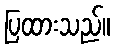
ပြထားသည်။